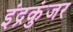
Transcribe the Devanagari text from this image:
इंद्रकुंजर